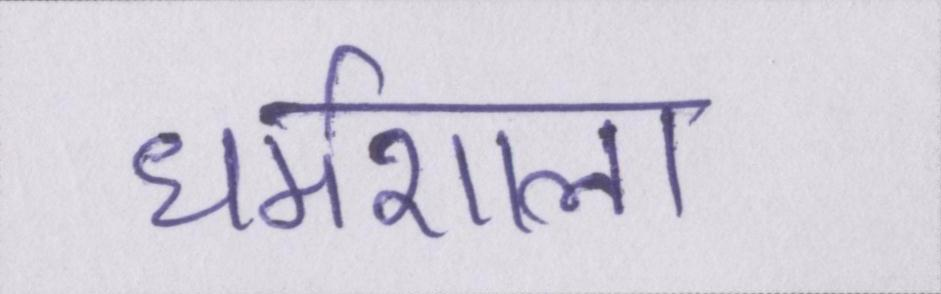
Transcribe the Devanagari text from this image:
धर्मशाला